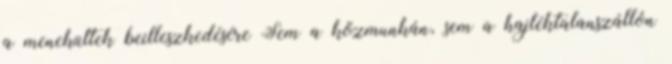
a menekültek beilleszkedésére Sem a közmunkán, sem a hajléktalanszállón